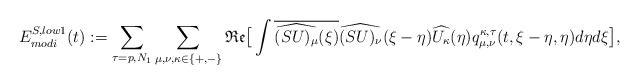
LaTeX: \begin{align*}E_{modi}^{S, low 1}(t) :=\sum_{\tau=p,N_1} \sum_{\mu, \nu, \kappa \in\{+,-\}} \mathfrak{Re} \big[ \int \overline{\widehat{(SU)_{\mu}}(\xi)} \widehat{(SU)_{\nu}}(\xi-\eta) \widehat{U_{\kappa}}(\eta) q_{\mu,\nu}^{\kappa,\tau}(t,\xi-\eta, \eta) d \eta d \xi\big],\end{align*}